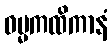
ဓမ္မကထိကာနံ